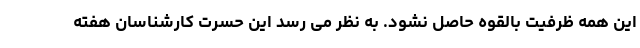
این همه ظرفیت بالقوه حاصل نشود. به نظر می رسد این حسرت کارشناسان هفته